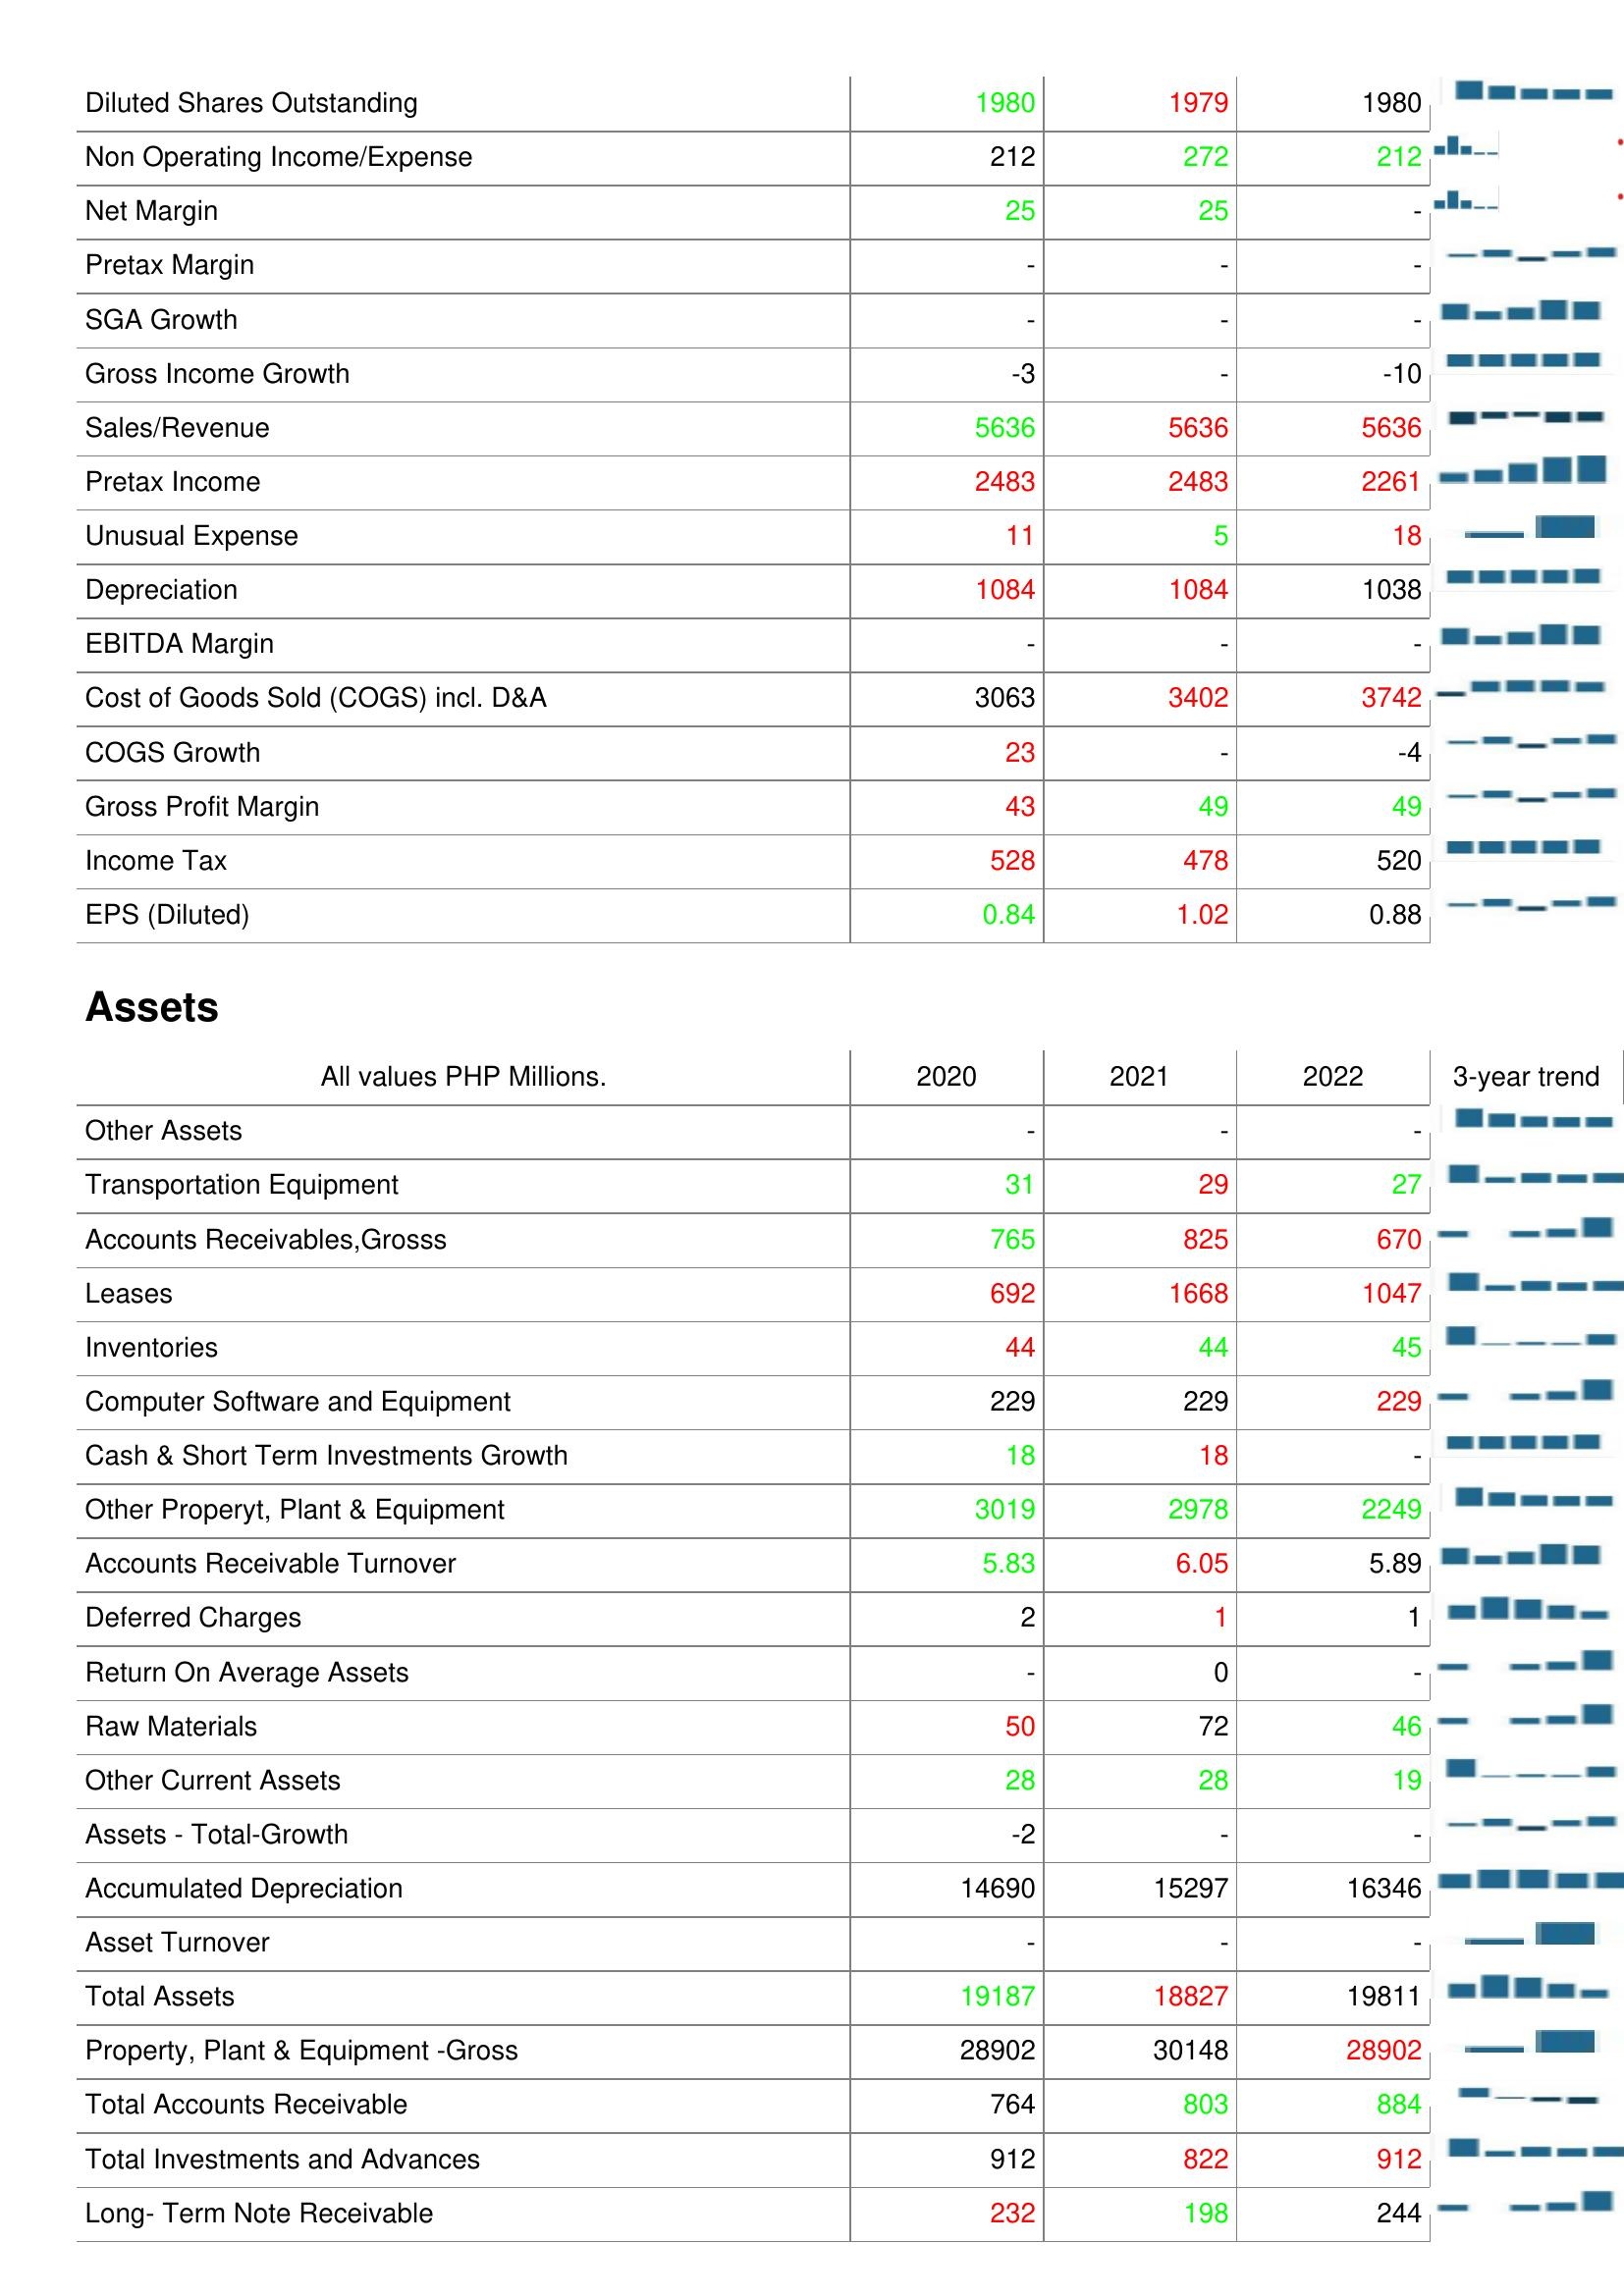
2020: : Diluted Shares Outstanding: 1980
Non Operating Income/Expense: 212
Net Margin: 25
Pretax Margin: -
SGA Growth: -
Gross Income Growth: -3
Sales/Revenue: 5636
Pretax Income: 2483
Unusual Expense: 11
Depreciation: 1084
EBITDA Margin: -
Cost of Goods Sold (COGS) incl. D&A: 3063
COGS Growth: 23
Gross Profit Margin: 43
Income Tax: 528
EPS (Diluted): 0.84
Assets: Other Assets: -
Transportation Equipment: 31
Accounts Receivables,Grosss: 765
Leases: 692
Inventories: 44
Computer Software and Equipment: 229
Cash & Short Term Investments Growth: 18
Other Properyt, Plant & Equipment: 3019
Accounts Receivable Turnover: 5.83
Deferred Charges: 2
Return On Average Assets: -
Raw Materials: 50
Other Current Assets: 28
Assets - Total-Growth: -2
Accumulated Depreciation: 14690
Asset Turnover: -
Total Assets: 19187
Property, Plant & Equipment -Gross: 28902
Total Accounts Receivable: 764
Total Investments and Advances: 912
Long- Term Note Receivable: 232
2021: : Diluted Shares Outstanding: 1979
Non Operating Income/Expense: 272
Net Margin: 25
Pretax Margin: -
SGA Growth: -
Gross Income Growth: -
Sales/Revenue: 5636
Pretax Income: 2483
Unusual Expense: 5
Depreciation: 1084
EBITDA Margin: -
Cost of Goods Sold (COGS) incl. D&A: 3402
COGS Growth: -
Gross Profit Margin: 49
Income Tax: 478
EPS (Diluted): 1.02
Assets: Other Assets: -
Transportation Equipment: 29
Accounts Receivables,Grosss: 825
Leases: 1668
Inventories: 44
Computer Software and Equipment: 229
Cash & Short Term Investments Growth: 18
Other Properyt, Plant & Equipment: 2978
Accounts Receivable Turnover: 6.05
Deferred Charges: 1
Return On Average Assets: 0
Raw Materials: 72
Other Current Assets: 28
Assets - Total-Growth: -
Accumulated Depreciation: 15297
Asset Turnover: -
Total Assets: 18827
Property, Plant & Equipment -Gross: 30148
Total Accounts Receivable: 803
Total Investments and Advances: 822
Long- Term Note Receivable: 198
2022: : Diluted Shares Outstanding: 1980
Non Operating Income/Expense: 212
Net Margin: -
Pretax Margin: -
SGA Growth: -
Gross Income Growth: -10
Sales/Revenue: 5636
Pretax Income: 2261
Unusual Expense: 18
Depreciation: 1038
EBITDA Margin: -
Cost of Goods Sold (COGS) incl. D&A: 3742
COGS Growth: -4
Gross Profit Margin: 49
Income Tax: 520
EPS (Diluted): 0.88
Assets: Other Assets: -
Transportation Equipment: 27
Accounts Receivables,Grosss: 670
Leases: 1047
Inventories: 45
Computer Software and Equipment: 229
Cash & Short Term Investments Growth: -
Other Properyt, Plant & Equipment: 2249
Accounts Receivable Turnover: 5.89
Deferred Charges: 1
Return On Average Assets: -
Raw Materials: 46
Other Current Assets: 19
Assets - Total-Growth: -
Accumulated Depreciation: 16346
Asset Turnover: -
Total Assets: 19811
Property, Plant & Equipment -Gross: 28902
Total Accounts Receivable: 884
Total Investments and Advances: 912
Long- Term Note Receivable: 244